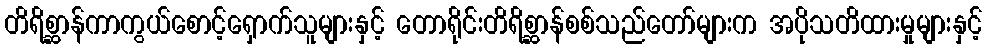
တိရိစ္ဆာန်ကာကွယ်စောင့်ရှောက်သူများနှင့် တောရိုင်းတိရိစ္ဆာန်စစ်သည်တော်များက အပိုသတိထားမှုများနှင့်